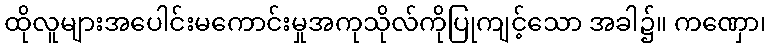
ထိုလူများအပေါင်းမကောင်းမှုအကုသိုလ်ကိုပြုကျင့်သော အခါ၌။ ကဏှော၊